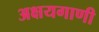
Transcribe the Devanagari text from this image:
अक्षयगाणी